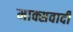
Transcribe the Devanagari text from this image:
माक्सवादी